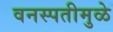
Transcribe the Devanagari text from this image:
वनस्पतीमुळे